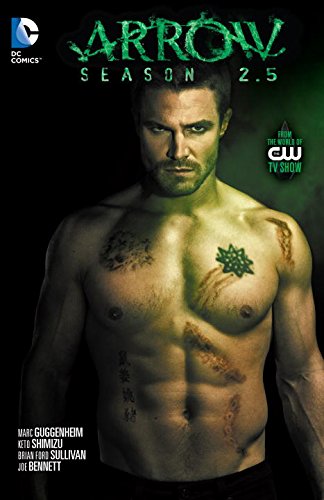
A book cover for Arrow Season 2.5; Marc Guggenheim; Comics & Graphic Novels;